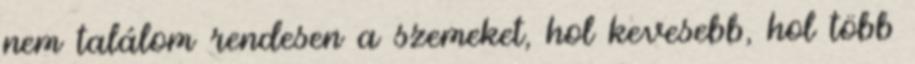
nem találom rendesen a szemeket, hol kevesebb, hol több